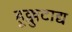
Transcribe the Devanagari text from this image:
हूक्कुटाद्य